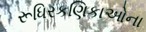
રૂધિરકણિકાઓના